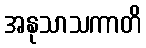
အနုသာသကာတိ